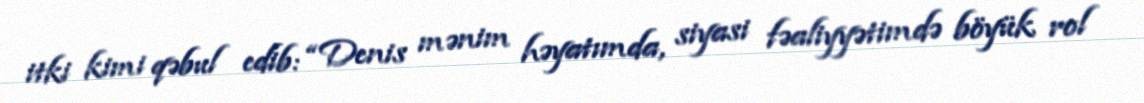
itki kimi qəbul edib: “Denis mənim həyatımda, siyasi fəaliyyətimdə böyük rol